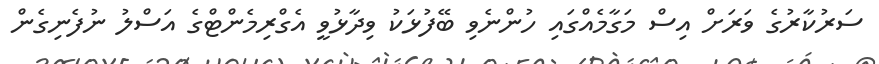
ސަރުކާރުގެ ވަރަށް އިސް މަގާމެއްގައި ހުންނެވި ބޭފުޅަކު ވިދާޅުވީ އެގްރިމެންޓްގެ އަސްލު ނުފެނިގެން